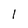
Character: 1